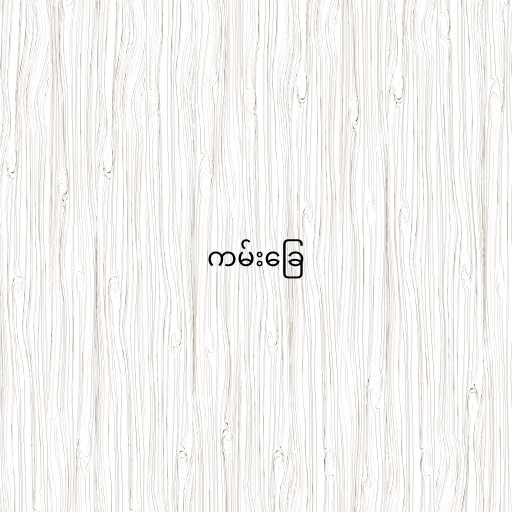
ကမ်းခြေ